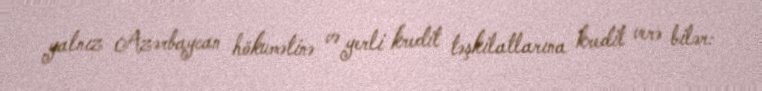
yalnız Azərbaycan hökumətinə və yerli kredit təşkilatlarına kredit verə bilər: